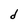
Character: d